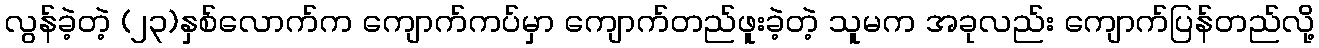
လွန်ခဲ့တဲ့ (၂၃)နှစ်လောက်က ကျောက်ကပ်မှာ ကျောက်တည်ဖူးခဲ့တဲ့ သူမက အခုလည်း ကျောက်ပြန်တည်လို့